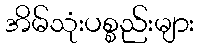
အိမ်သုံးပစ္စည်းများ